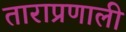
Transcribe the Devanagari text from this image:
ताराप्रणाली